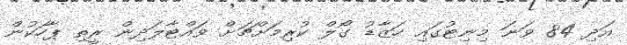
އަދި 84 ވަނަ މިނިޓުގައި ހަޒާޑު ގޯލް ކުރިމަށްޗަށް ވައްޓާލަދިން ރީތި ޕާހަކުން